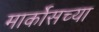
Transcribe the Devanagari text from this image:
मार्कोसच्या